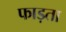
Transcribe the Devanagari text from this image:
फाड़ता